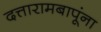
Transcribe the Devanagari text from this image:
दत्तारामबापूंना